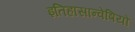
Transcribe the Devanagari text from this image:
इतिहासान्वेषियों